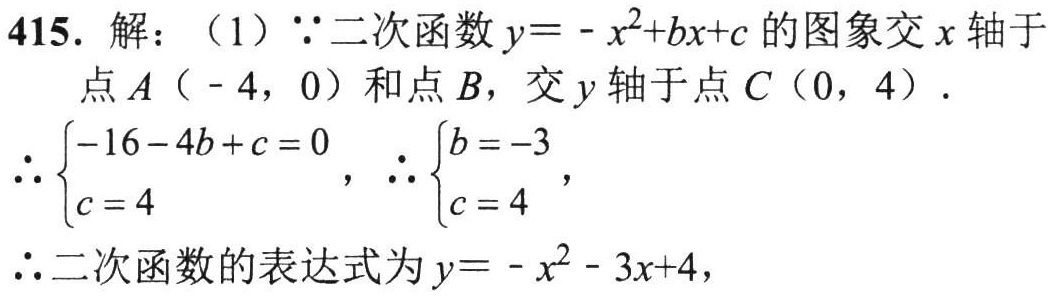
415. 解：（1）$\because$二次函数$y = -x^{2}+bx + c$的图象交$x$轴于
点$A(-4,0)$和点$B$，交$y$轴于点$C(0,4)$.
$\therefore\begin{cases}-16 - 4b + c = 0\\c = 4\end{cases}$，$\therefore\begin{cases}b = -3\\c = 4\end{cases}$，
$\therefore$二次函数的表达式为$y = -x^{2}-3x + 4$，